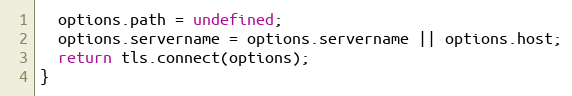
Language: JavaScript
  options.path = undefined;
  options.servername = options.servername || options.host;
  return tls.connect(options);
}